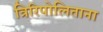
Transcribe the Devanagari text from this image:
त्रिरिपोलिताना